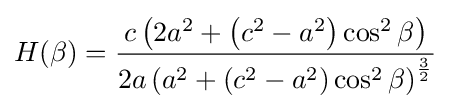
H(\beta )={\frac {c\left(2a^{2}+\left(c^{2}-a^{2}\right)\cos ^{2}\beta \right)}{2a\left(a^{2}+\left(c^{2}-a^{2}\right)\cos ^{2}\beta \right)^{\frac {3}{2}}}}